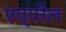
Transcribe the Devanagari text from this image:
एप्परेल